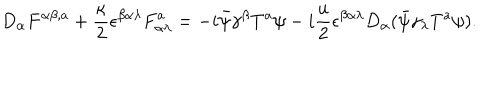
D _ { \alpha } { F } ^ { \alpha \beta , a } + \frac { \kappa } { 2 } \epsilon ^ { \beta \alpha \lambda } { F } _ { \alpha \lambda } ^ { a } = - i \bar { \psi } \gamma ^ { \beta } { T } ^ { a } \psi - i \frac { u } { 2 } \epsilon ^ { \beta \alpha \lambda } D _ { \alpha } ( \bar { \psi } \gamma _ { \lambda } { T } ^ { a } \psi ) .